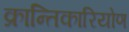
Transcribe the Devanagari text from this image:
क्रान्तिकारियोण